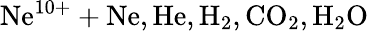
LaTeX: \mathrm{Ne^{10+}+Ne,He,H_{2},CO_{2},H_{2}O}